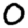
Digit: 0